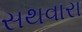
સથવારા